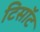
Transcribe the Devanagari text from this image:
टिसॉट